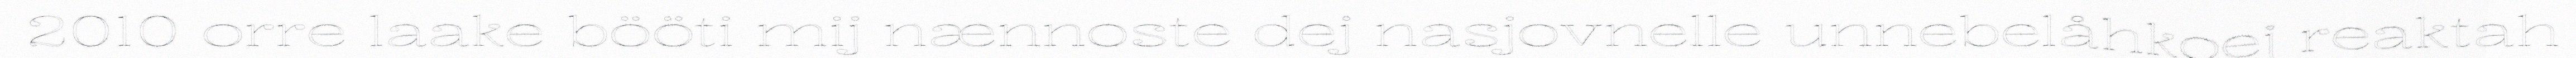
2010 orre laake bööti mij nænnoste dej nasjovnelle unnebelåhkoej reaktah